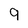
Character: g